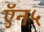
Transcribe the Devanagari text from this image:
ऍन५